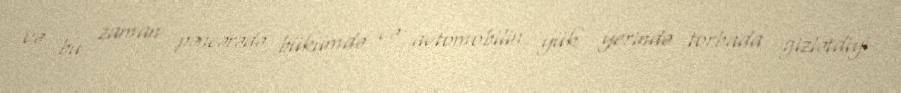
və bu zaman pəncərədə bükümdə və avtomobilin yük yerində torbada gizlətdiyi